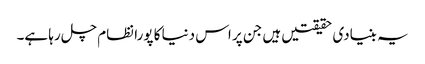
یہ بنیادی حقیقتیں ہیں جن پر اس دنیا کا پورا نظام چل رہا ہے۔